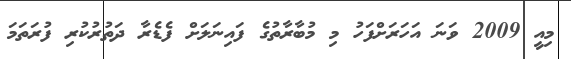
މިއީ 2009 ވަނަ އަހަރަށްފަހު މި މުބާރާތުގެ ފައިނަލަށް ފެޑެރާ ދަތުރުކުރި ފުރަތަމަ